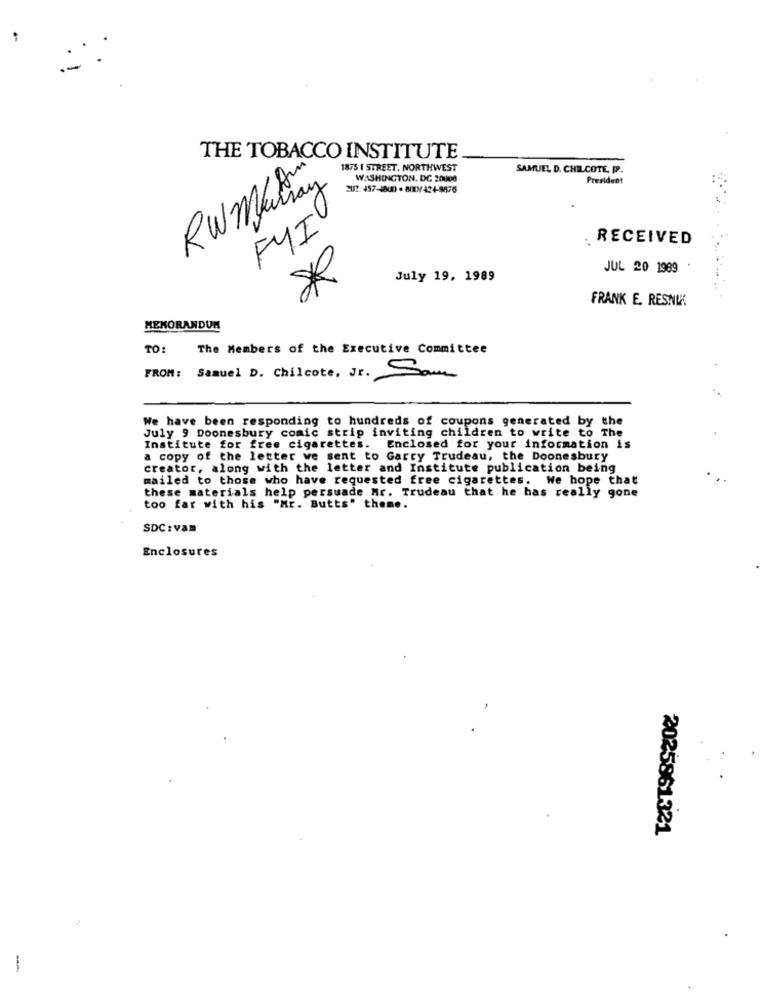
THE TOBACCO INSTITUTE
1875 I STREET. NORTHWEST
SAMUEL D. CHILCOTE. P.
WASHINGTON, DC 20000
President
RW Manray
202:457-4800 - 80KM/424-9876
FYI
. RECEIVED
JUL 20 1989
July 19, 1989
FRANK E. RESNIK
MEMORANDUM
TO:
The Members of the Executive Committee
FROM: Samuel D. Chilcote, Jr. Sam
We have been responding to hundreds of coupons generated by the
July 9 Doonesbury comic strip inviting children to write to The
Institute for free cigarettes. Enclosed for your information is
a copy of the letter we sent to Garry Trudeau, the Doonesbury
creator, along with the letter and Institute publication being
mailed to those who have requested free cigarettes. We hope that
these materials help persuade Mr. Trudeau that he has really gone
too far with his "Mr. Butts" theme.
SDC :vam
Enclosures
2025861321
-